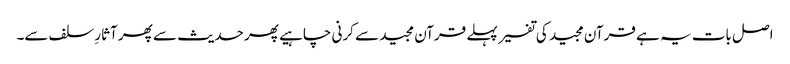
اصل بات یہ ہے قرآن مجید کی تفسیر پہلے قرآن مجید سے کرنی چاہیے پھر حدیث سے پھر آثارِ سلف سے۔